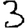
Digit: 3